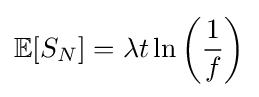
\mathbb {E} [S_{N}]=\lambda t\ln \left({\frac {1}{f}}\right)